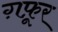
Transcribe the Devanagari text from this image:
ग़फ़ूर